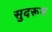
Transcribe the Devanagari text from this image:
सुदरून